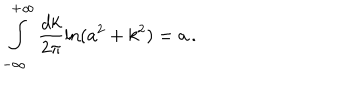
\int _ { - \infty } ^ { + \infty } \frac { d k } { 2 \pi } \ln ( a ^ { 2 } + k ^ { 2 } ) = a \, { . }